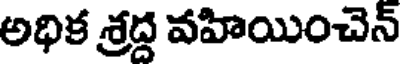
అధిక శ్రద్ద వహియించెన్